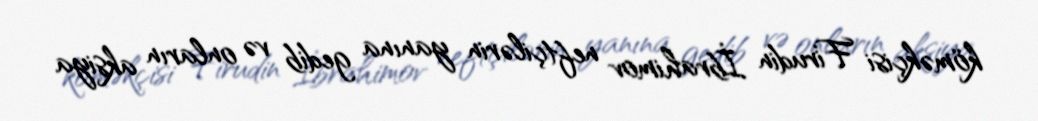
köməkçisi Firudin İbrahimov neftçilərin yanına gedib və onların aksiya